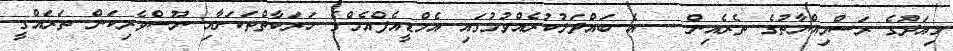
މިއަދުގެ ރަސްމިއްޔާތުގެ ތެރެއިން -- އެ ބައްދަލުކުރެއްވުމުގައި އެމްޑީއެފްއެމްގެ ހަރަކާތްތަކަށާއި ނޫސްވެރިކަން ތަރައްގީ